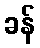
ခန်